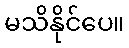
မသိနိုင်ပေ။